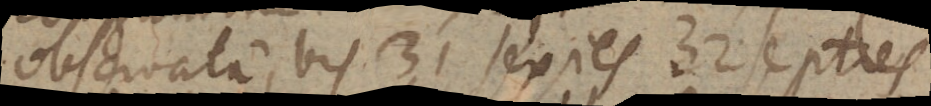
observata, bis 31 sexies 32 septies